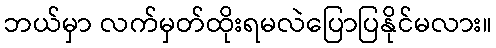
ဘယ်မှာ လက်မှတ်ထိုးရမလဲပြောပြနိုင်မလား။